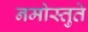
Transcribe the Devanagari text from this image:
नमोस्तुते